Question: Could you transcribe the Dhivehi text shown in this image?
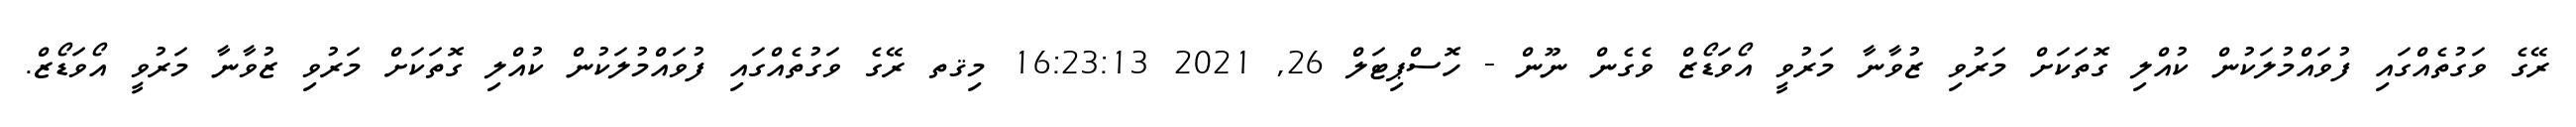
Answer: ރޭގެ ވަގުތެއްގައި ފުވައްމުލަކުން ކުއްލި ގޮތަކަށް މަރުވި ޒުވާނާ މަރުވީ އޯވަޑޯޒް ވެގެން ނޫން - ހޮސްޕިޓަލް 26, 2021 16:23:13 މިޤތ ރޭގެ ވަގުތެއްގައި ފުވައްމުލަކުން ކުއްލި ގޮތަކަށް މަރުވި ޒުވާނާ މަރުވީ އޯވަޑޯޒް.